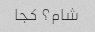
شام؟ کجا